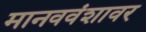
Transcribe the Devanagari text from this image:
मानववंशावर